Sanitation, dispensaries and jails vaccination Rajputana 1922-1927 - 1922-1927
Year: 1922
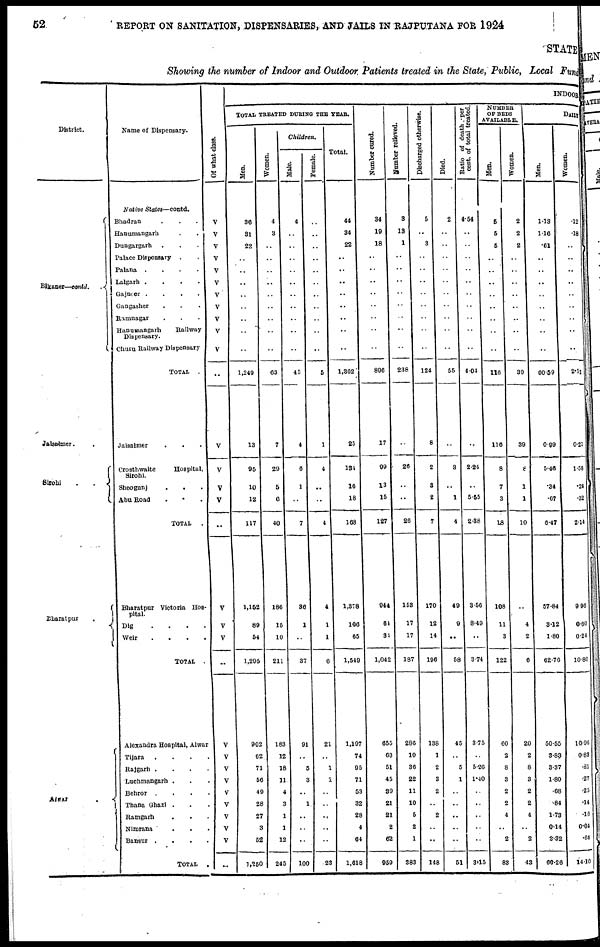
52
REPORT ON SANITATION, DISPENSARIES, AND JAILS IN RAJPUTANA FOR 1924
STATE
Showing the number of Indoor and Outdoor. Patients treated in the State, Public, Local Fund
District.
Bikaner—contd.
Jaisalmer. .
Sirohi . .
Bharatpur
.
Alwar
..
Name of Dispensary.
Native States—contd.
Bhadran . . .
Hanumangarh . .
Dungargarh . . .
Palace Dispensary . .
Palana
.
.
.
.
Lalgarh
.
.
.
.
Gajnoer
.
.
.
.
Gangasher . . .
Ramnagar . . .
Hanumangarh
Railway
Dispensary.
Churn Railway Dispensary
TOTAL
Jaisalmer . .
Crosthwaite
Hospital,
Sirohi.
Sheogunj
.
.
Abu Road . . .
TOTAL
.
Bharatpur Victoria Hos-
pital.
Dig
.
.
.
.
Weir
.
.
.
.
TOTAL
Alexandra Hospital, Alwar
Tijara
.
.
.
.
Rajgarh
.
.
.
.
Luchmangarh .
Behor . . .
Thana Ghazi .
Ramgarh . . .
Nimrana
.
.
.
Bansur
.
.
.
.
TOTAL .
Of what class.
V
V
V
V
V
V
V
V
V
V
V
..
V
V
V
V
..
V
V
V
..
V
V
V
V
V
V
V
V
V
..
INDOOR
TOTAL TREATED DURING THE YEAR.
Men.
36
31
22
..
..
..
..
..
..
..
..
1,249
13
95
10
12
117
1,152
89
54
1,295
902
62
71
56
49
28
27
3
52
1,250
Women.
4
3
..
..
..
..
..
..
..
..
..
63
7
29
5
6
40
186
15
10
211
183
12
18
11
4
3
1
1
12
245
Children.
Male.
4
..
..
..
..
..
..
..
..
..
..
45
4
6
1
..
7
36
1
..
37
91
..
5
3
..
1
..
..
..
100
Female.
..
..
..
..
..
..
..
..
..
..
..
5
1
4
..
..
4
4
1
1
6
21
..
1
1
..
..
..
..
..
23
Total.
44
34
22
..
..
..
..
..
..
..
..
1,362
25
134
16
18
168
1,378
106
65
1,549
1,197
74
95
71
53
32
28
4
64
1,618
Number cured.
34
19
18
..
..
..
..
..
..
..
..
896
17
99
13
15
127
944
64
34
1,042
655
63
51
45
39
21
21
2
62
959
Number relieved.
3
13
1
..
..
..
..
..
..
..
..
238
..
26
..
..
26
153
17
17
187
286
10
36
22
11
10
5
2
1
383
Discharged otherwise.
5
..
3
..
..
..
..
..
..
..
..
124
8
2
3
2
7
170
12
14
196
138
1
2
3
2
..
2
..
..
148
Died.
2
..
..
..
..
..
..
..
..
..
..
55
..
3
..
1
4
49
9
..
58
45
..
5
1
..
..
..
..
..
51
Ratio of death. per
cent. of total treated.
4.54
..
..
..
..
..
..
..
..
..
..
4.04
..
2.24
..
5.55
2.38
3.56
8.49
..
3.74
3.75
..
5.26
1.40
..
..
..
..
..
3.15
NUMBER
OF BEDS
AVAILABLE.
Men.
5
5
5
...
..
..
..
..
..
..
..
116
116
8
7
3
18
108
11
3
122
60
2
8
3
2
2
4
..
2
83
Women.
2
2
2
..
..
..
..
..
..
..
..
39
39
8
1
1
10
..
4
2
6
20
2
8
3
2
2
4
..
2
43
DAILY
Men.
1.13
1.16
.61
..
..
..
..
..
..
..
..
60.59
0.09
5.46
.34
.67
6.47
57.84
3.12
1.80
62.76
50.55
3.83
3.37
1.80
.68
.84
1.73
0.14
3.32
66.26
Women.
.12
.18
..
..
..
..
..
..
..
..
..
2.51
0.21
1.58
.24
.32
2.14
9.96
0.60
0.24
10.80
10.96
0.83
.81
.27
.25
.14
.16
0.04
.64
14.10